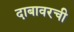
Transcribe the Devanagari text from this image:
दाबावरची